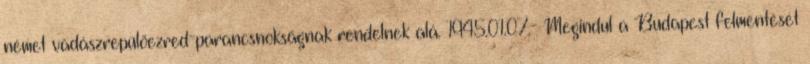
német vadászrepülõezred-parancsnokságnak rendelnek alá. 1945.01.07.- Megindul a Budapest felmentését